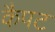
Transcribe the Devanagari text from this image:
कैपट